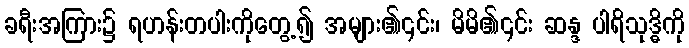
ခရီးအကြား၌ ရဟန်းတပါးကိုတွေ့၍ အများ၏၎င်း၊ မိမိ၏၎င်း ဆန္ဒ ပါရိသုဒ္ဓိကို